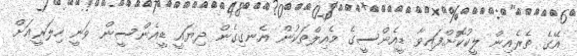
އޭގެ ތެރެއިން ލީކުކޮށްފައިވާ ޑީއެންސީގެ މެއިލްތަކުން އެނގިގެން ދިޔައީ ޑީއެންސީން ވަނީ ހިލަރީއަށް